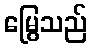
မြွေသည်